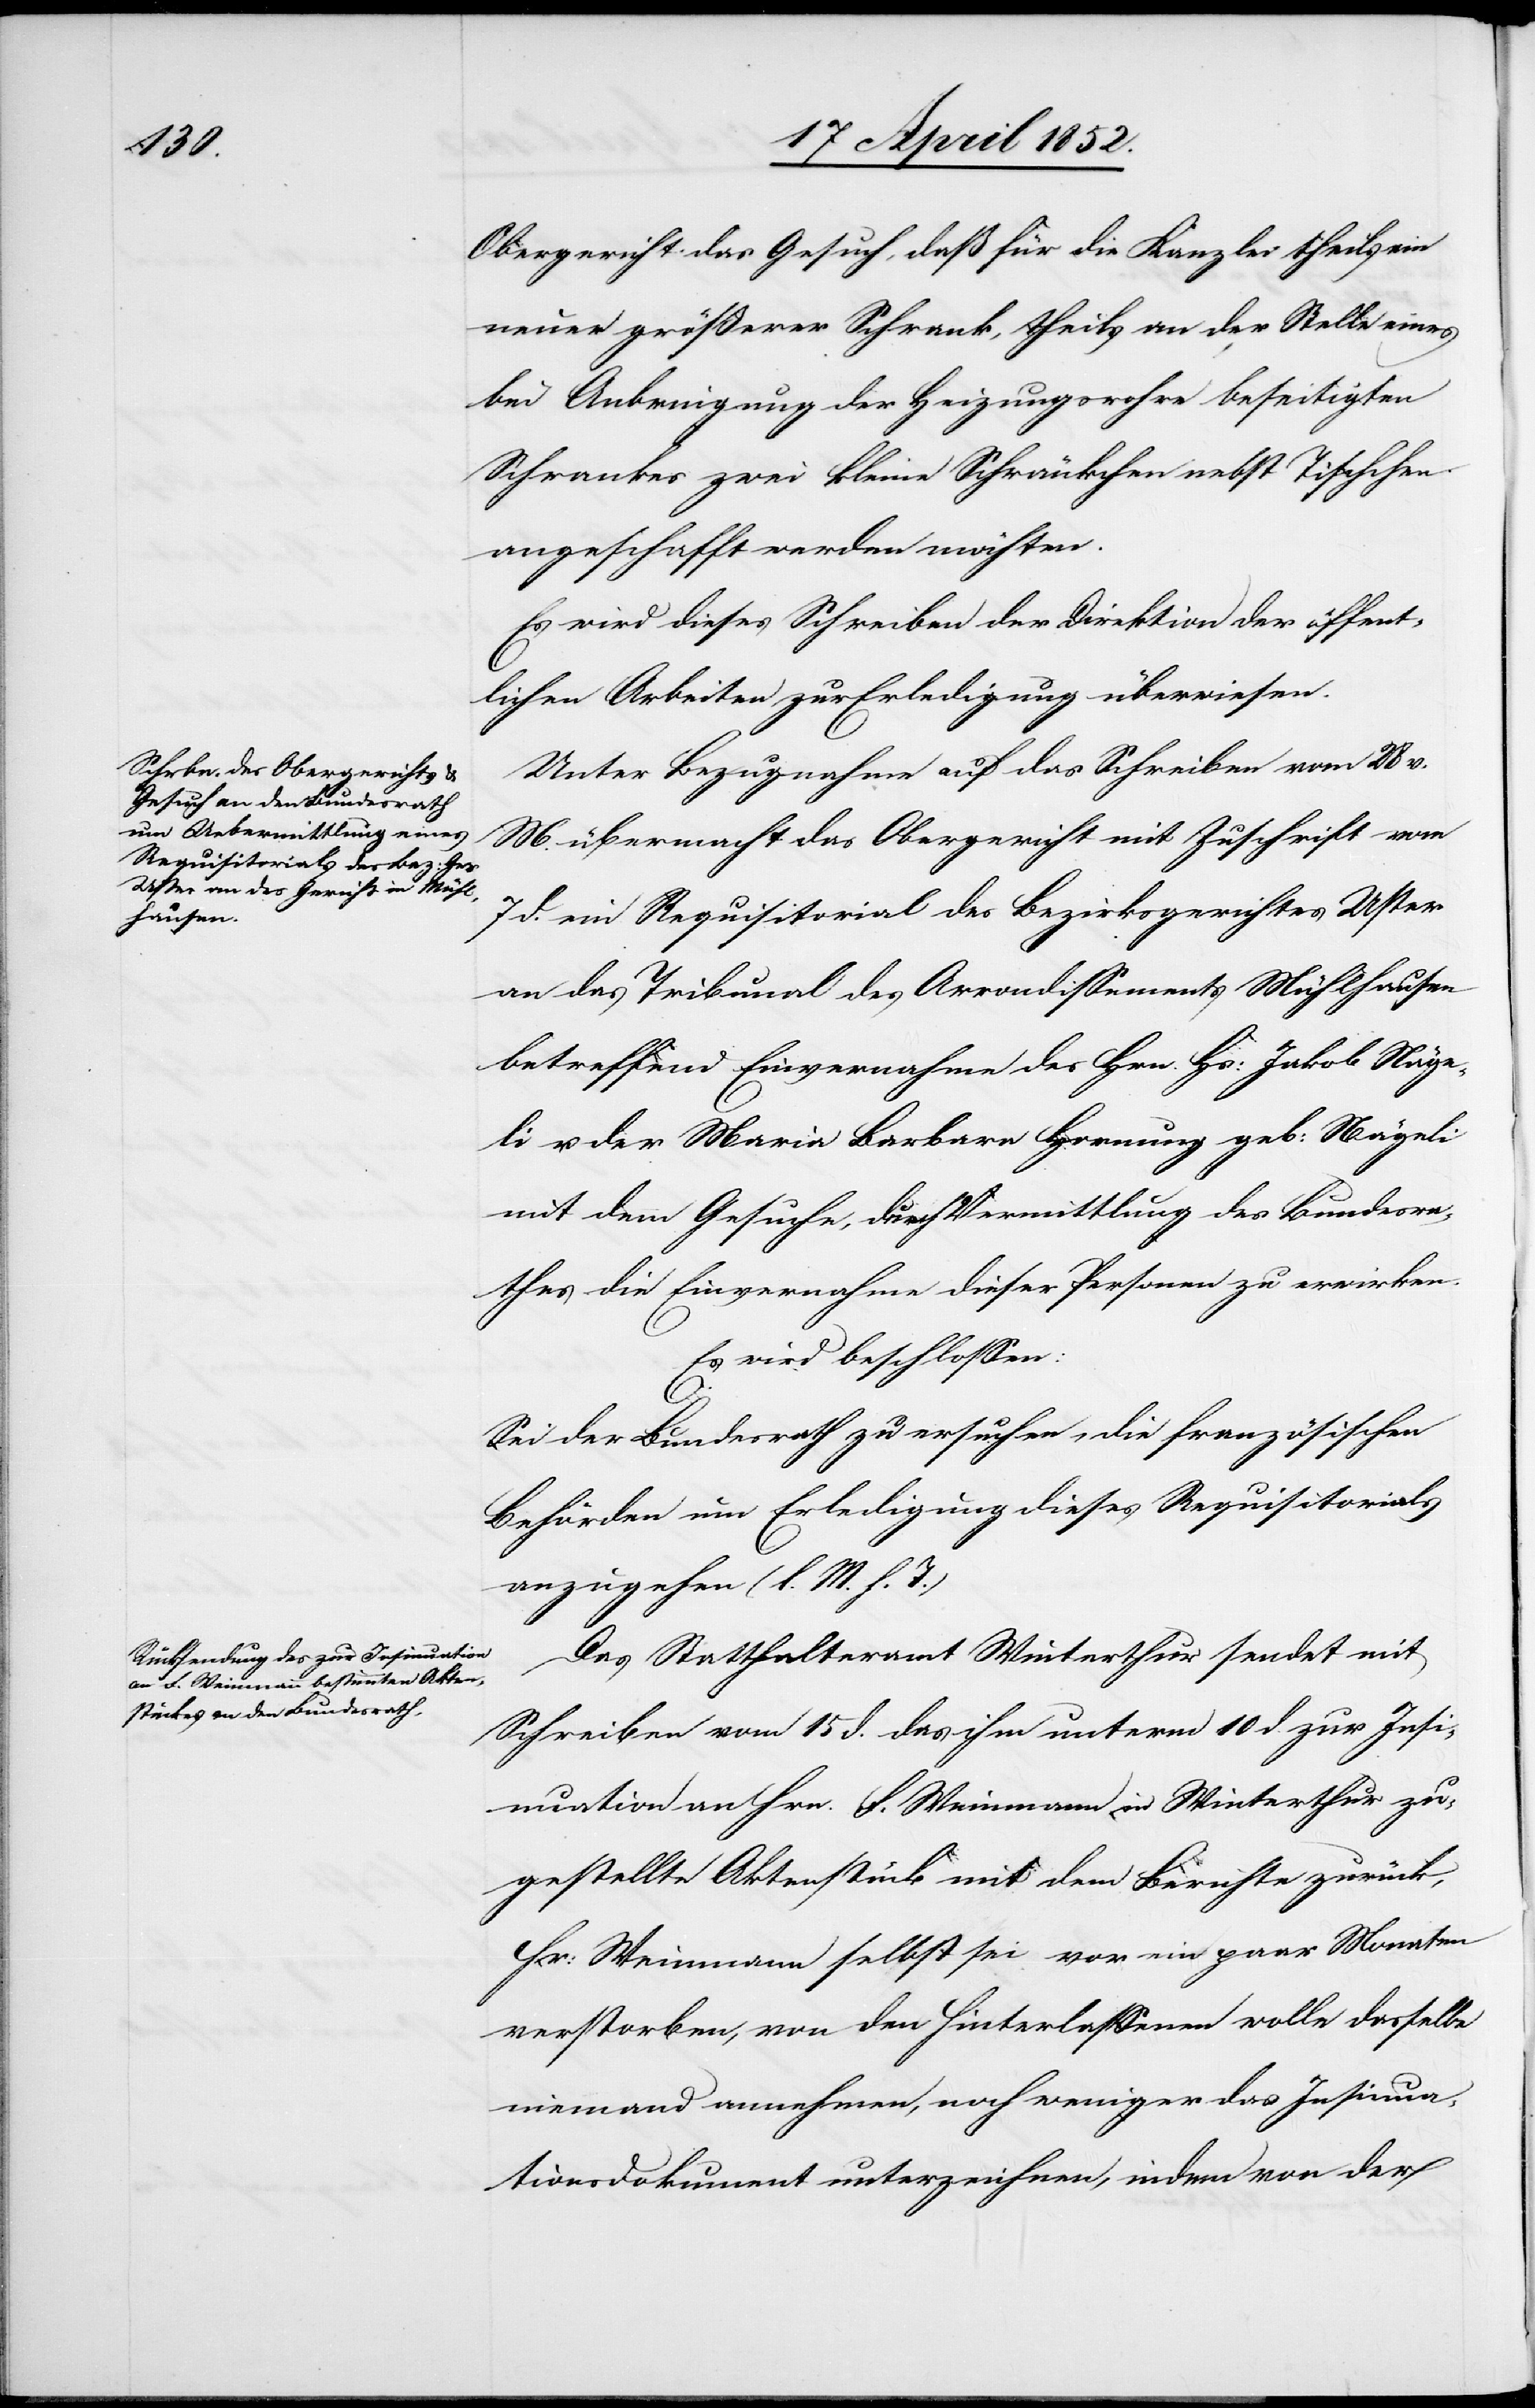
Obergericht das Gesuch, daß für die Kanzlei theils ein
neuer größerer Schrank, theils an der Stelle eines
bei Anbringung der Heizungsrohre beseitigten
Schrankes zwei kleine Schränkchen nebst Tischchen
angeschafft werden möchten.
Es wird dieses Schreiben der Direktion der öffent¬
lichen Arbeiten zur Erledigung überwiesen.
Unter Bezugnahme auf das Schreiben vom 28 v.
M. übermacht das Obergericht mit Zuschrift vom
d. ein Requisitorial des Bezirksgerichtes Uster
an das Tribunal des Arrondissements Mühlhausen
betreffend Einvernahme des Hrn. Hs: Jakob Näge¬
li u. der Maria Barbara Hornung geb: Nägeli
mit dem Gesuche, durch Vermittlung des Bundesra¬
thes die Einvernahme dieser Personen zu erwirken.
Es wird beschlossen:
Sei der Bundesrath zu ersuchen, die französischen
Behörden um Erledigung dieses Requisitorials
anzugehen (l. M. h. T.)
Das Statthalteramt Winterthur sendet mit
Schreiben vom 15 d. das ihm unterm 10 d. zur Insi¬
nuation an Hrn. F. Weinmann in Winterthur zu¬
gestellte Aktenstück mit dem Berichte zurück,
Hr: Weinmann selbst sei vor ein paar Monaten
verstorben, von den Hinterlassenen wolle dasselbe
niemand annehmen, noch weniger das Insinua¬
tionsdokument unterzeichnen, indem von der